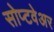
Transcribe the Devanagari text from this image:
सोप्टवेअर